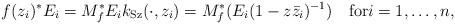
LaTeX: \begin{align*}f(z_i)^*E_i=M_f^{*}E_ik_{\rm Sz}(\cdot,z_i)=M_f^{*}(E_i(1-z\bar{z}_i)^{-1})\quad\mbox{for} i=1,\ldots,n,\end{align*}